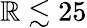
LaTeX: \mathbb{R}\lesssim25